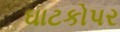
ઘાટકોપર